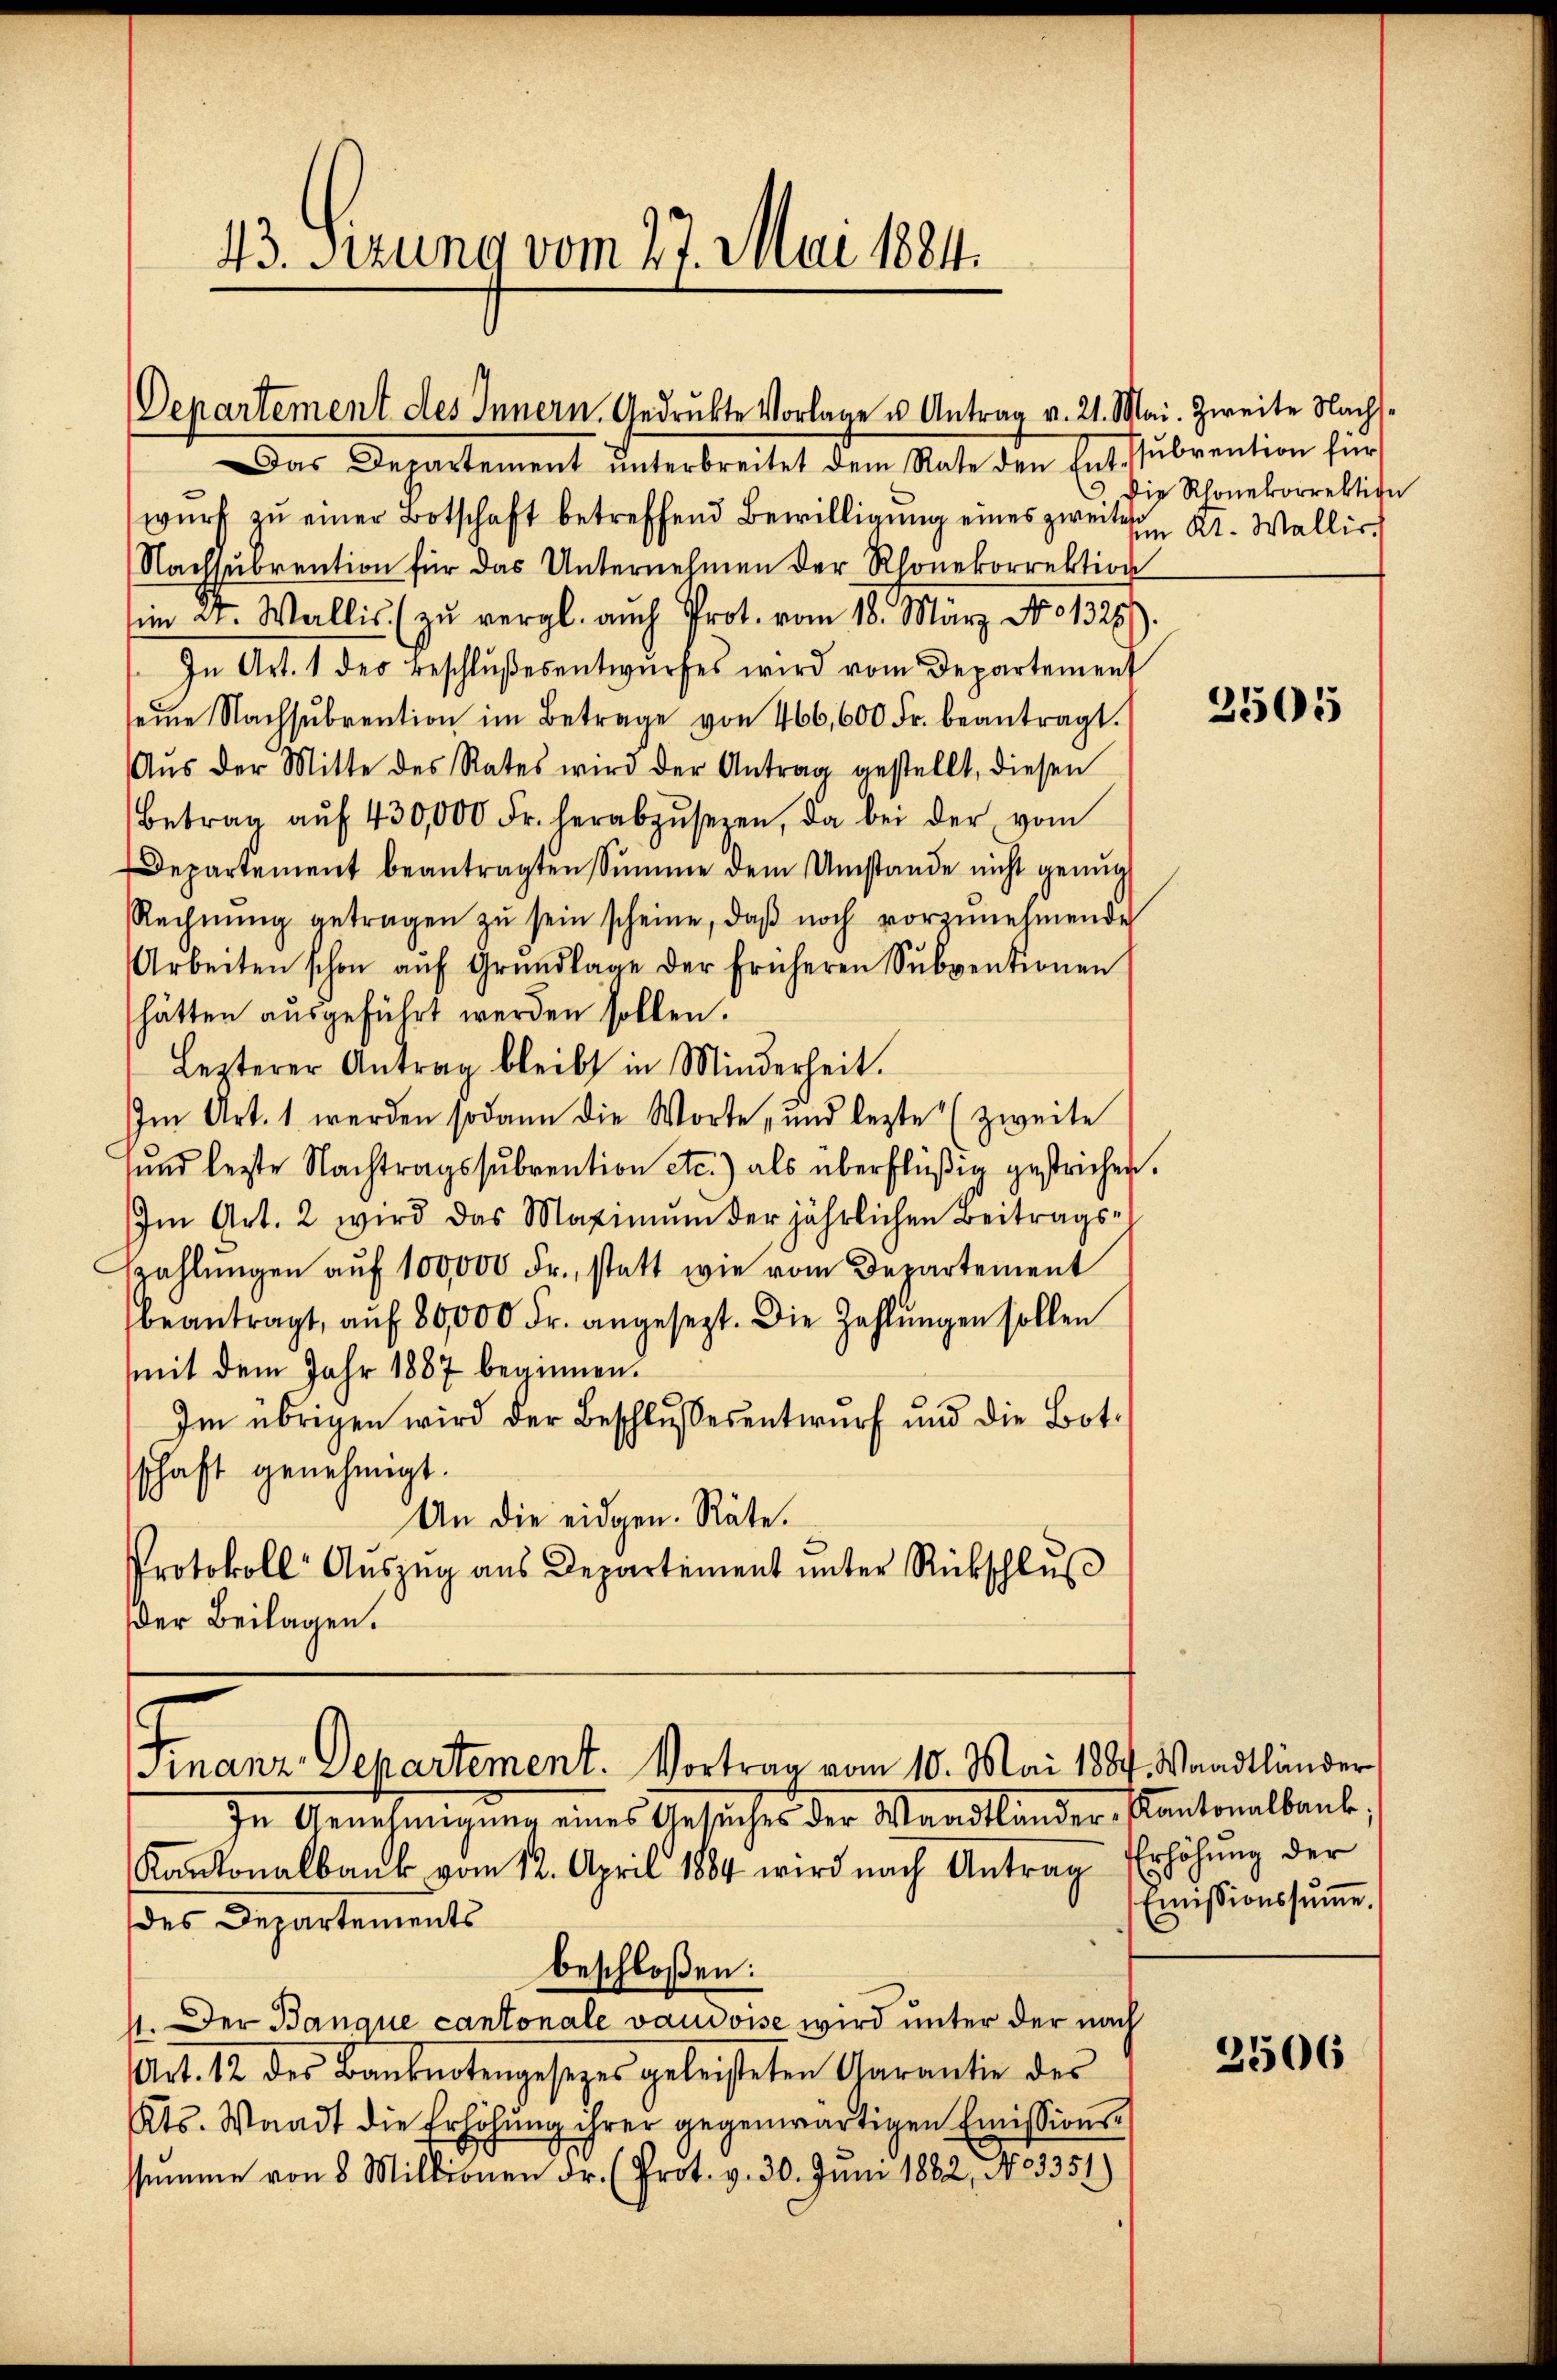
43. Sitzung vom 27. Mai 1884.

Departement des Innern Gedrukte Vorlage u. Antrag v. 21.

Finanz Departement. Vortrag vom 10. Mai 1884, Waadtländer

Das Departement ŭnterbreitet dem Rate den Entsŭbvention für
wŭrf zŭ einer Botschaft betreffend Bewilligŭng eines zweiten Kt. Wallis.
Nachsubrention für das Unternehmen der Rhonekorrektion
in Dr. Wallis (zu vergl. auch Prot. vom 18. März No. 1325)
In Art. 1 der Beschlŭβesentwŭrfes wird vom Departement
seine Nachsŭbvention im Betrage von 466,600 Fr. beantragt.
Aŭs der Mitte des Rates wird der Antrag gestellt, diesen
Betrag aŭf 430,000 Fr. herabzŭseren, da bei der vom
Departement beantragten Sŭmme dem Umstande nicht genug
Rechnŭng getragen zŭ sein scheine, daβ noch vorzŭnehmende
Arbeiten schon aŭf Grŭndlage der früheren Sŭbventionen
hätten ausgeführt werden sollen.
Lezterer Antrag bleibt in Minderheit.
Im Art. 1 werden sodann die Worte, und lezte (zweite
sund lezte Nachtragssubvention etc.) als überflüßig gestrichen.
Im Art. 2 wird das Maximŭm der jährlichen Beitrags-
zahlŭngen aŭf 100,000 Fr., statt wie vom Departement
beantragt, aŭf 80,000 Fr. angesezt. Die Zahlŭngen sollen
mit dem Jahr 1887 beginnen.
Im übrigen wird der Beschlŭssesentwŭrf und die Bot-
schaft genehmigt.
An die eidgen. Räte.
Protokoll Aŭszŭg aŭs Departement ŭnter Rückschlŭβ
der Beilagen.

In Genehmigung eines Gesuches der Waadtlander, Kantonalbank,
Kantonalbank vom 12. April 1884 wird nach Antrag Erhöhung der
des Departements
beschloßen:
4. Der Banque cantonale vaudoise wird unter der nach
Art. 12 des Banknotengesezes geleisteten Garantie des
Kts. Waadt die Erhöhŭng ihrer gegenwärtigen Emissions-
summe von 8 Millionen dr. (Prot. v. 30. Juni 1882, No 5351)

Mai. Zweite Nachs¬
Die Rhonekorrektion

2505

Emissionssŭṁe.

2506